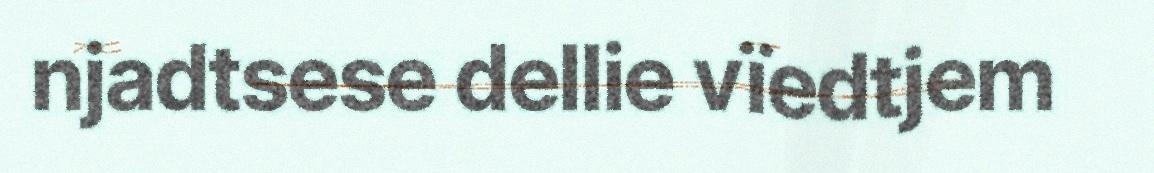
njadtsese dellie vïedtjem